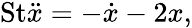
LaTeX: \mathrm{St}\ddot{x}=-\dot{x}-2x,